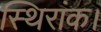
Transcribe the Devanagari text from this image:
स्थिरांक।